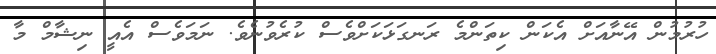
ހުރުމުން އޭނާއަށް އެކަން ކިތަންމެ ރަނގަޅަކަށްވެސް ކުރެވުނެވެ. ނަމަވެސް އެއީ ނިޝާމް މާ